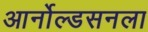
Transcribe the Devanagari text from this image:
आर्नोल्डसनला